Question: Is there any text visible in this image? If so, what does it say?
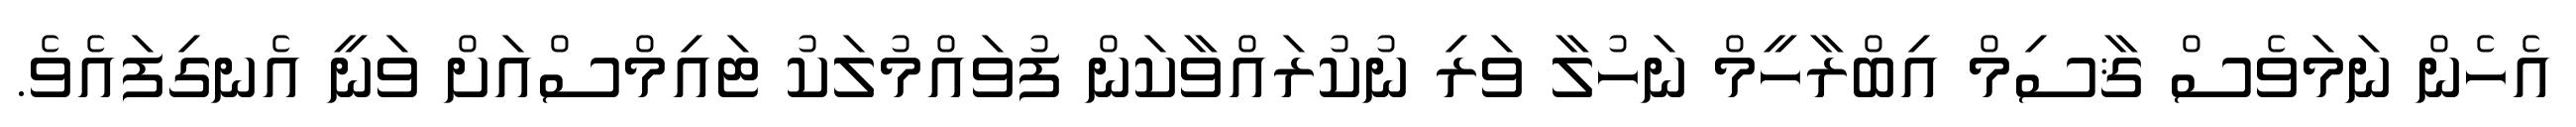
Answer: އެހެން ނަމަވެސް ޤާސިމް އިބްރާހީމް ނަހުލާ ވަރި ނުކުރައްވާކަން ފުވައްމުލަކު ޓައިމްސްއަށް ވަނީ އެނގިފައެވެ.